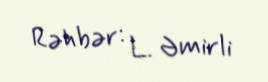
Rəhbər: L. Əmirli